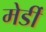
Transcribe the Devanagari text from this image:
मेर्डी